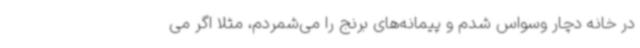
در خانه دچار وسواس شدم و پیمانه‌های برنج را می‌شمردم، مثلا اگر می